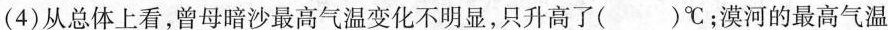
(4)从总体上看，曾母暗沙最高气温变化不明显，只升高了( )℃；漠河的最高气温